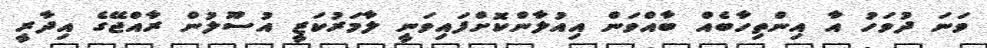
ވަނަ ދުވަހު އާ އިންތިހާބެއް ބާއްވަން އިއުލާންކޮށްފައިވަނީ ލާމަރުކަޒީ އުސޫލުން ރާއްޖޭގެ އިދާރީ